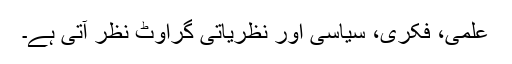
علمی، فکری، سیاسی اور نظریاتی گراوٹ نظر آتی ہے۔